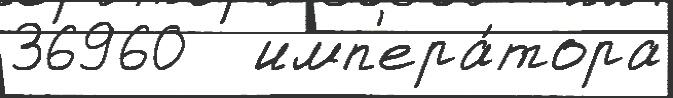
36960   имп'ера́тора